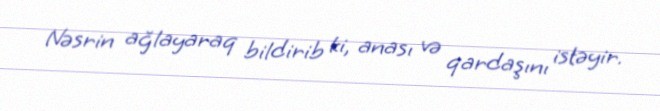
Nəsrin ağlayaraq bildirib ki, anası və qardaşını istəyir.